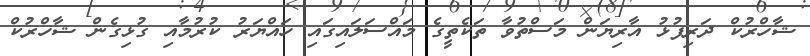
ޝާހްރުކް ދަރިފުޅު އާރިޔަން މަސްތުވާ ތަކެތީގެ މައްސަލައިގައި ހައްޔަރު ކުރުމާއި ގުޅިގެން ޝާހްރުކް